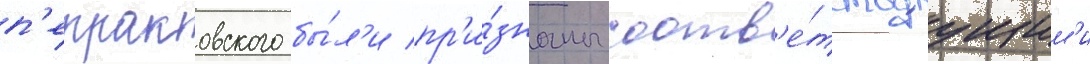
п'етраковского бы́л'и пр'и́знаны соотв'е́тствуущим'и